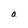
Character: a